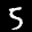
Label: 5